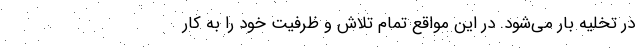
در تخلیه بار می‌شود. در این مواقع تمام تلاش و ظرفیت خود را به کار